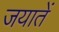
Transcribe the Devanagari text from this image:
जयातें